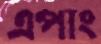
এপাং